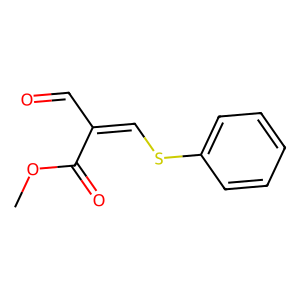
SMILES: COC(=O)C(C=O)=CSc1ccccc1
Inhibits HIV replication: No